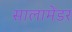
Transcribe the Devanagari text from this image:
सालामेंडर